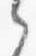
之